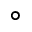
\circ